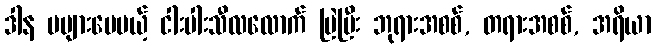
ဒါန မများပေမယ့် ငါးပါးသီလလောက် မြဲပြီး ဘုရားအစစ်, တရားအစစ်, အရိယာ